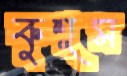
কুশুম